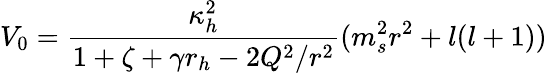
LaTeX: V_{0}=\frac{\kappa_{h}^{2}}{1+\zeta+\gamma r_{h}-2Q^{2}/r^{2}}(m_{s}^{2}r^{2}+l(l+1))